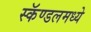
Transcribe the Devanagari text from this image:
स्कॅण्डलमध्ये